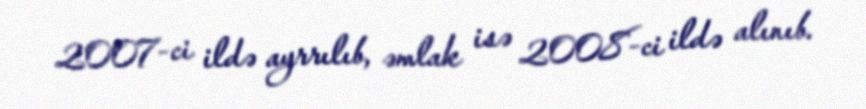
2007-ci ildə ayrrılıb, əmlak isə 2008-ci ildə alınıb.